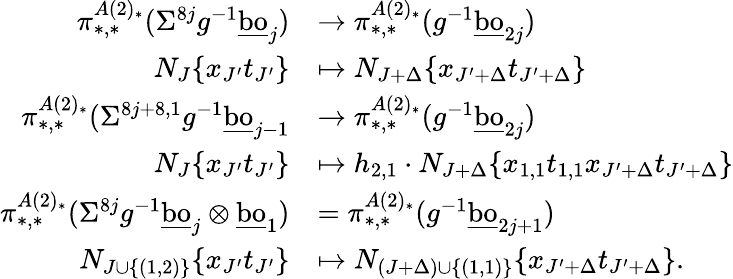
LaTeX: \begin{array}{rl}{\pi_{*,*}^{A(2)_{*}}(\Sigma^{8j}g^{-1}\underline{{\mathrm{bo}}}_{j})}&{\to\pi_{*,*}^{A(2)_{*}}(g^{-1}\underline{{\mathrm{bo}}}_{2j})}\\ {N_{J}\{ x_{J^{\prime}}t_{J^{\prime}}\} }&{\mapsto N_{J+\Delta}\{ x_{J^{\prime}+\Delta}t_{J^{\prime}+\Delta}\} }\\ {\pi_{*,*}^{A(2)_{*}}(\Sigma^{8j+8,1}g^{-1}\underline{{\mathrm{bo}}}_{j-1}}&{\to\pi_{*,*}^{A(2)_{*}}(g^{-1}\underline{{\mathrm{bo}}}_{2j})}\\ {N_{J}\{ x_{J^{\prime}}t_{J^{\prime}}\} }&{\mapsto h_{2,1}\cdot N_{J+\Delta}\{ x_{1,1}t_{1,1}x_{J^{\prime}+\Delta}t_{J^{\prime}+\Delta}\} }\\ {\pi_{*,*}^{A(2)_{*}}(\Sigma^{8j}g^{-1}\underline{{\mathrm{bo}}}_{j}\otimes\underline{{\mathrm{bo}}}_{1})}&{=\pi_{*,*}^{A(2)_{*}}(g^{-1}\underline{{\mathrm{bo}}}_{2j+1})}\\ {N_{J\cup\{ (1,2)\} }\{ x_{J^{\prime}}t_{J^{\prime}}\} }&{\mapsto N_{(J+\Delta)\cup\{ (1,1)\} }\{ x_{J^{\prime}+\Delta}t_{J^{\prime}+\Delta}\} .}\end{array}